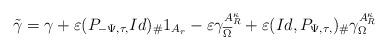
LaTeX: \begin{align*}\tilde{\gamma}=\gamma+\varepsilon(P_{-\Psi,\tau,}Id)_{\#}1_{A_{r}}-\varepsilon\gamma_{\overline{\Omega}}^{A_{R}^{\kappa}}+\varepsilon(Id,P_{\Psi,\tau,})_{\#}\gamma_{\Omega}^{A_{R}^{\kappa}}\end{align*}